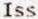
ISS